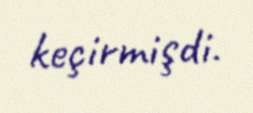
keçirmişdi.